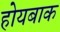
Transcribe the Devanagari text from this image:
होयबाक